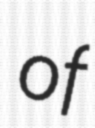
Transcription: of